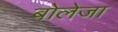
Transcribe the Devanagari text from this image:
बोलेजा